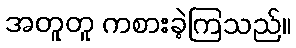
အတူတူ ကစားခဲ့ကြသည်။